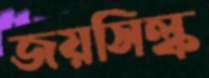
জয়সিল্ক